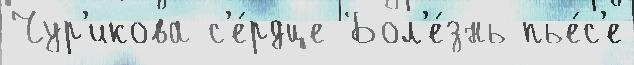
Чур'икова с'е́рдце Бол'е́знь пье́с'е